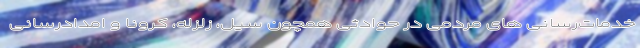
خدمات‌رسانی های مردمی در حوادثی همچون سیل، زلزله، کرونا و امدادرسانی